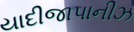
યાદીજાપાનીઝ